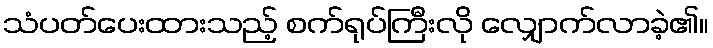
သံပတ်ပေးထားသည့် စက်ရုပ်ကြီးလို လျှောက်လာခဲ့၏။